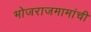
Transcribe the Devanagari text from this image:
भोजराजमामांची